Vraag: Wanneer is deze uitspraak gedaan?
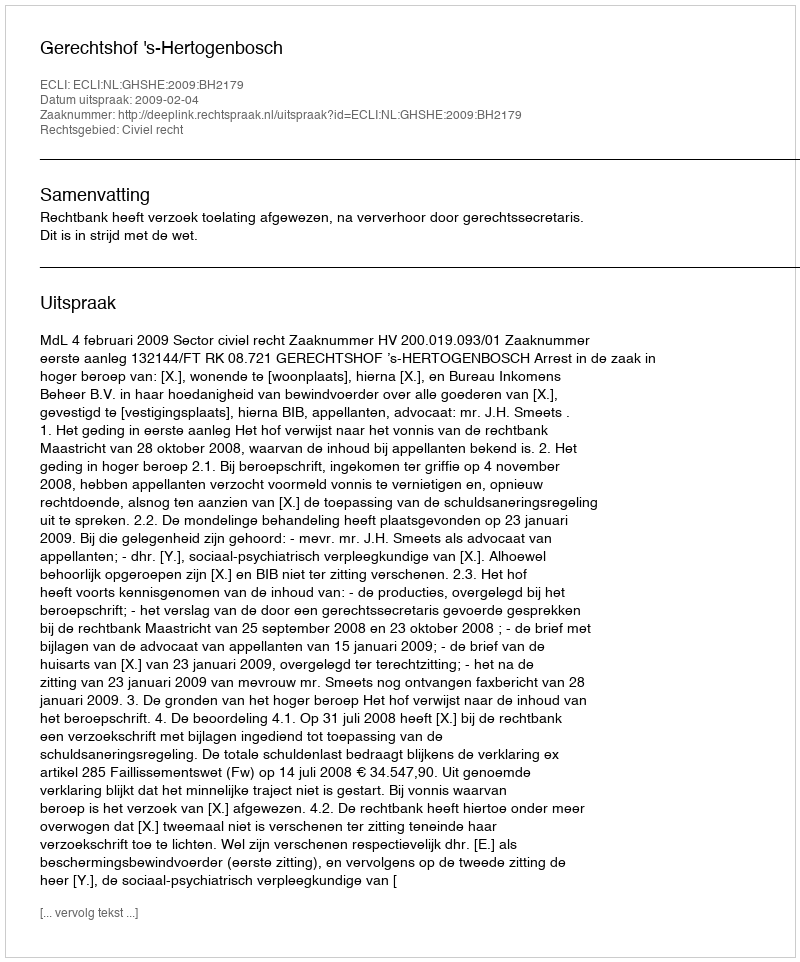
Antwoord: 2009-02-04